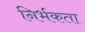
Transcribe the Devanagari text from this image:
निर्भकता